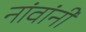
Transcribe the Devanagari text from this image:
नांवांनी